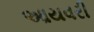
આયવરી